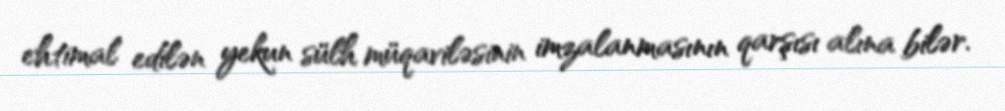
ehtimal edilən yekun sülh müqaviləsinin imzalanmasının qarşısı alına bilər.